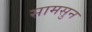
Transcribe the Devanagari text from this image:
सामसुन